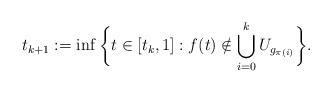
LaTeX: \begin{align*}t_{k+1} := \inf \bigg\{ t \in [t_k,1] : f(t) \notin \bigcup_{i=0}^k U_{g_{\pi(i)}} \bigg\}.\end{align*}